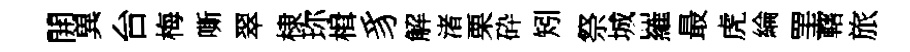
開兾台梅嘶翠棣珎楫豸解渚栗砕矧祭城羅最虎綸罣轄旅